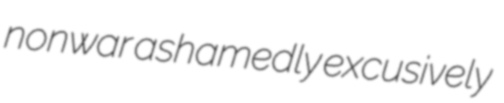
nonwar ashamedly excusively